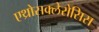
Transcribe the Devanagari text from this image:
एथ्रोसक्लेरोसिस